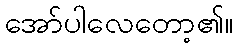
အော်ပါလေတော့၏။